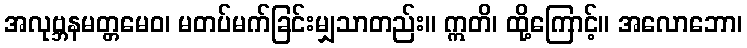
အလုဗ္ဘနမတ္တမေဝ၊ မတပ်မက်ခြင်းမျှသာတည်း။ ဣတိ၊ ထို့ကြောင့်။ အလောဘော၊